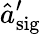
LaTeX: \hat{a}_{\mathrm{sig}}^{\prime}